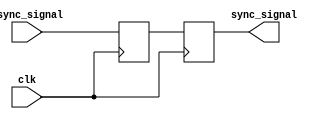
module synchronizer #(parameter WIDTH = 1) (
    input [WIDTH-1:0] async_signal,
    input clk,
    output [WIDTH-1:0] sync_signal
);
    // TODO: Create your 2 flip-flop synchronizer here
    // This module takes in a vector of WIDTH-bit asynchronous
    // (from different clock domain or not clocked, such as button press) signals
    // and should output a vector of WIDTH-bit synchronous signals
    // that are synchronized to the input clk
    reg [WIDTH - 1:0] a,b = 0;
    always @(posedge clk) begin
		a <= async_signal;
		b <= a;
    end
    assign sync_signal = b;
endmodule